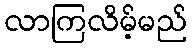
လာကြလိမ့်မည်